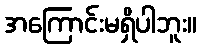
အကြောင်းမရှိပါဘူး။